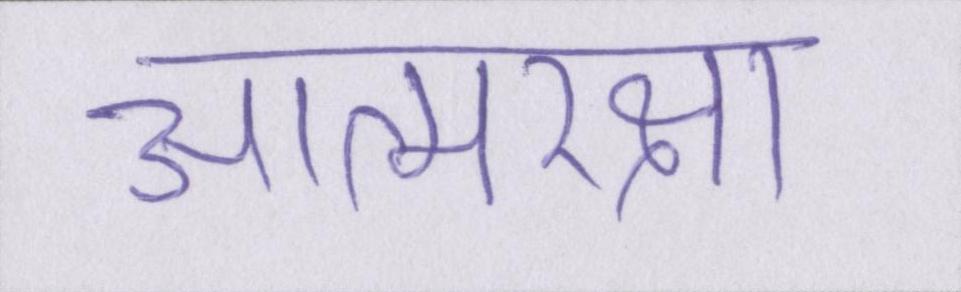
आत्मरक्षा